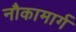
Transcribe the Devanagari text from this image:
नौकामार्ग